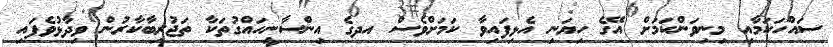
ސައްހަކަމާއި މިނިވަންކަމަށް އޭގެ ހިޔަނި އެޅިފައިވާ ކަމަށްވެސް އދގެ އިންސާނީހައްގުތަކާ ތަޖުރިބާކާރުން ވިދާޅުވެފައި